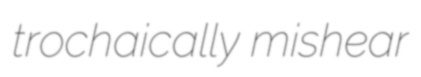
trochaically mishear